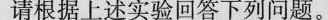
请根据上述实验回答下列问题。